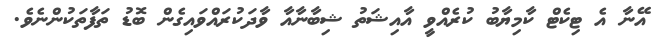
އޭނާ އެ ޓިކެޓް ކާމިޔާބު ކުރެއްވީ އާއިޝަތު ޝިބާނާއާ ވާދަކުރައްވައިގެން ބޮޑު ތަފާތަކުންނެވެ.